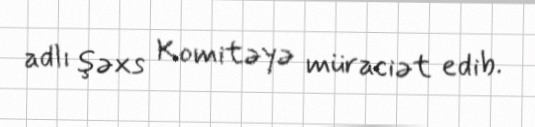
adlı şəxs Komitəyə müraciət edib.